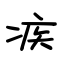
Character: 疾